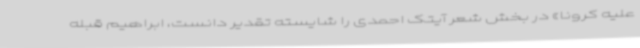
علیه کرونا» در بخش شعر آیتک احمدی را شایسته تقدیر دانست، ابراهیم قبله